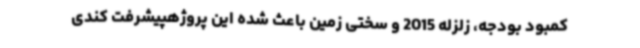
کمبود بودجه، زلزله 2015 و سختی زمین باعث شده این پروژهپیشرفت کندی